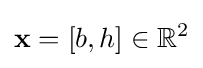
\mathbf {x} =\left[b,h\right]\in {\mathbb {R} }^{2}